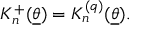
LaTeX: K _ { n } ^ { + } ( \underline { { { \theta } } } ) = K _ { n } ^ { ( q ) } ( \underline { { { \theta } } } ) .